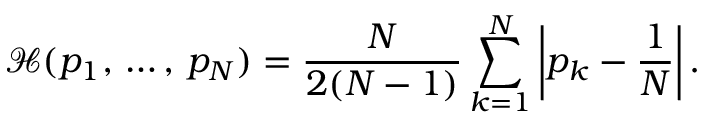
\mathcal { H } ( p _ { 1 } , \, \dots , \, p _ { N } ) = \frac { N } { 2 ( N - 1 ) } \sum _ { k = 1 } ^ { N } \left| p _ { k } - \frac { 1 } { N } \right| .